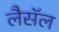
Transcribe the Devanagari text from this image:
लैसॅल